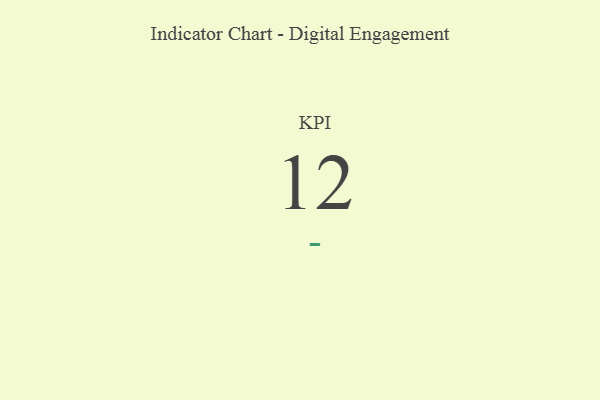
{"axis": {"x": "KPI", "y": "Value"}, "legend": [""], "data": [{"x": "KPI", "y": 12, "type": ""}]}